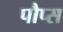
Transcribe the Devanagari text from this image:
पौप्स